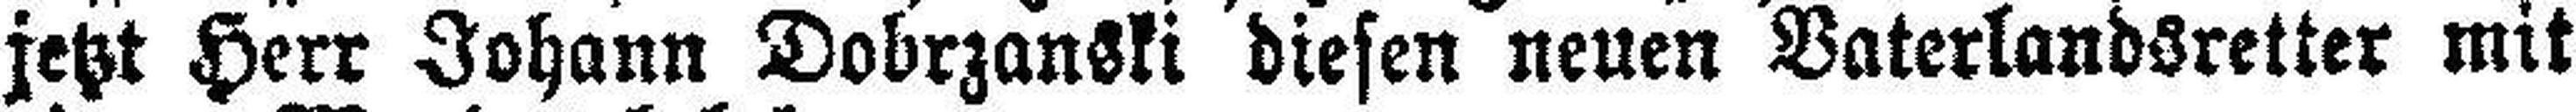
jetzt Herr Johann Dobrzanski diesen neuen Vaterlandsretter mit